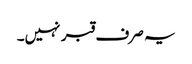
یہ صرف قبر نہیں۔